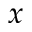
\boldsymbol { x }